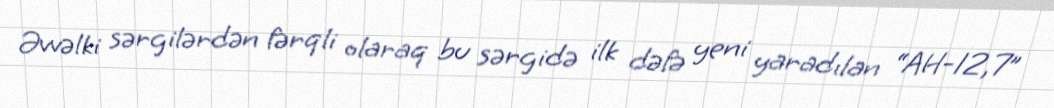
Əvvəlki sərgilərdən fərqli olaraq bu sərgidə ilk dəfə yeni yaradılan “AH-12,7”